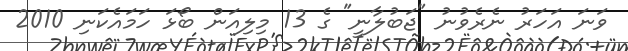
ވަނަ އަހަރު ނެރެވުނު "ޖަބުލާނީ" ގެ 13 މިލިއަން ބޯޅަ ހަމައެކަނި 2010